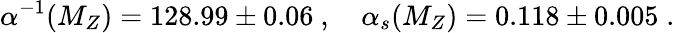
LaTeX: \alpha^{-1}(M_{Z})=128.99\pm 0.06\ ,\quad\alpha_{s}(M_{Z})=0.118\pm 0.005\; .